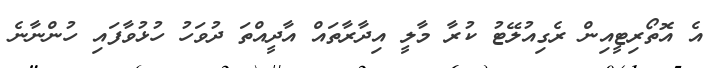
އެ އޮތޯރިޓީއިން ރެގިއުލޭޓު ކުރާ މާލީ އިދާރާތައް އާދީއްތަ ދުވަހު ހުޅުވާފައި ހުންނާނެ